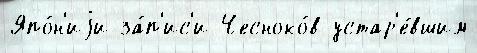
Япо́н'иjи за́п'ис'и Чесноко́в устар'е́вшим